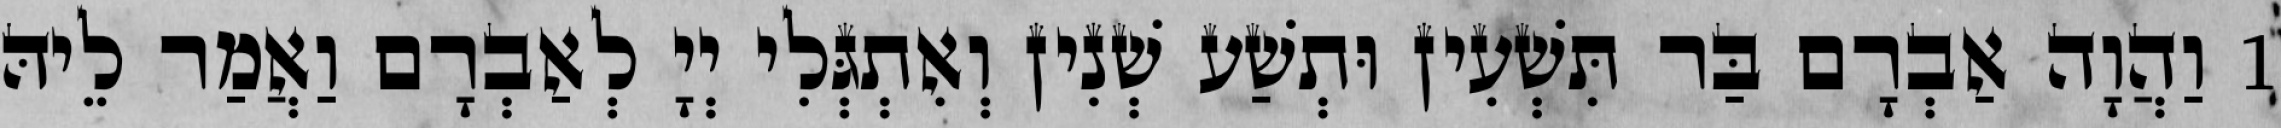
1 וַהֲוָה אַבְרָם בַּר תִּשְׁעִין וּתְשַׁע שְׁנִין וְאִתְגְּלִי יְיָ לְאַבְרָם וַאֲמַר לֵיהּ